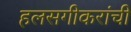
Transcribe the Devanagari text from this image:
हलसगीकरांची